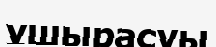
ұшырасуы